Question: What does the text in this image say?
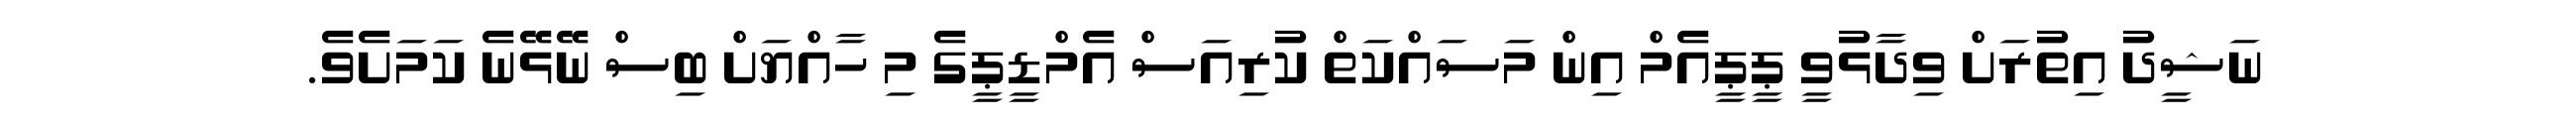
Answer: ނަޝީދު އިތުރަށް ވިދާޅުވީ ޕީޕީއެމް އިން މަސައްކަތް ކުރިއަސް އެމްޑީޕީގެ މި ހާއްޔަށް ބިސް ނޭޅޭނެ ކަމަށެވެ.